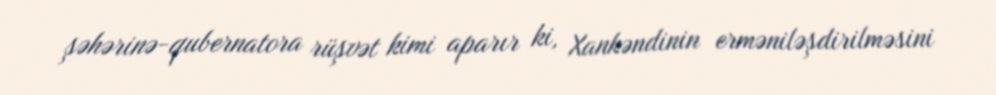
şəhərinə-qubernatora rüşvət kimi aparır ki, Xankəndinin erməniləşdirilməsini